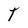
Character: T